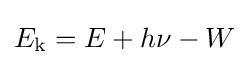
E_{\text{k}}=E+h\nu -W